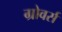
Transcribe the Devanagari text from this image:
ग्रोवर्स